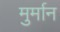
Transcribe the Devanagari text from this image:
मुर्मान